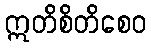
ဣတိစိတိစေဝ